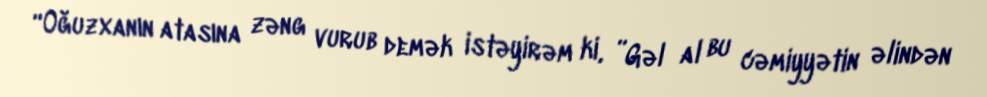
“Oğuzxanın atasına zəng vurub demək istəyirəm ki, ”Gəl al bu cəmiyyətin əlindən